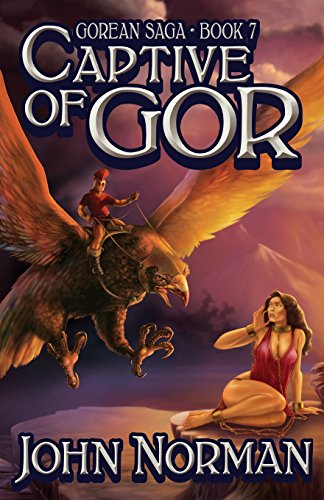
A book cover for Captive of Gor (Gorean Saga); John Norman; Romance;